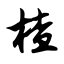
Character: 楂